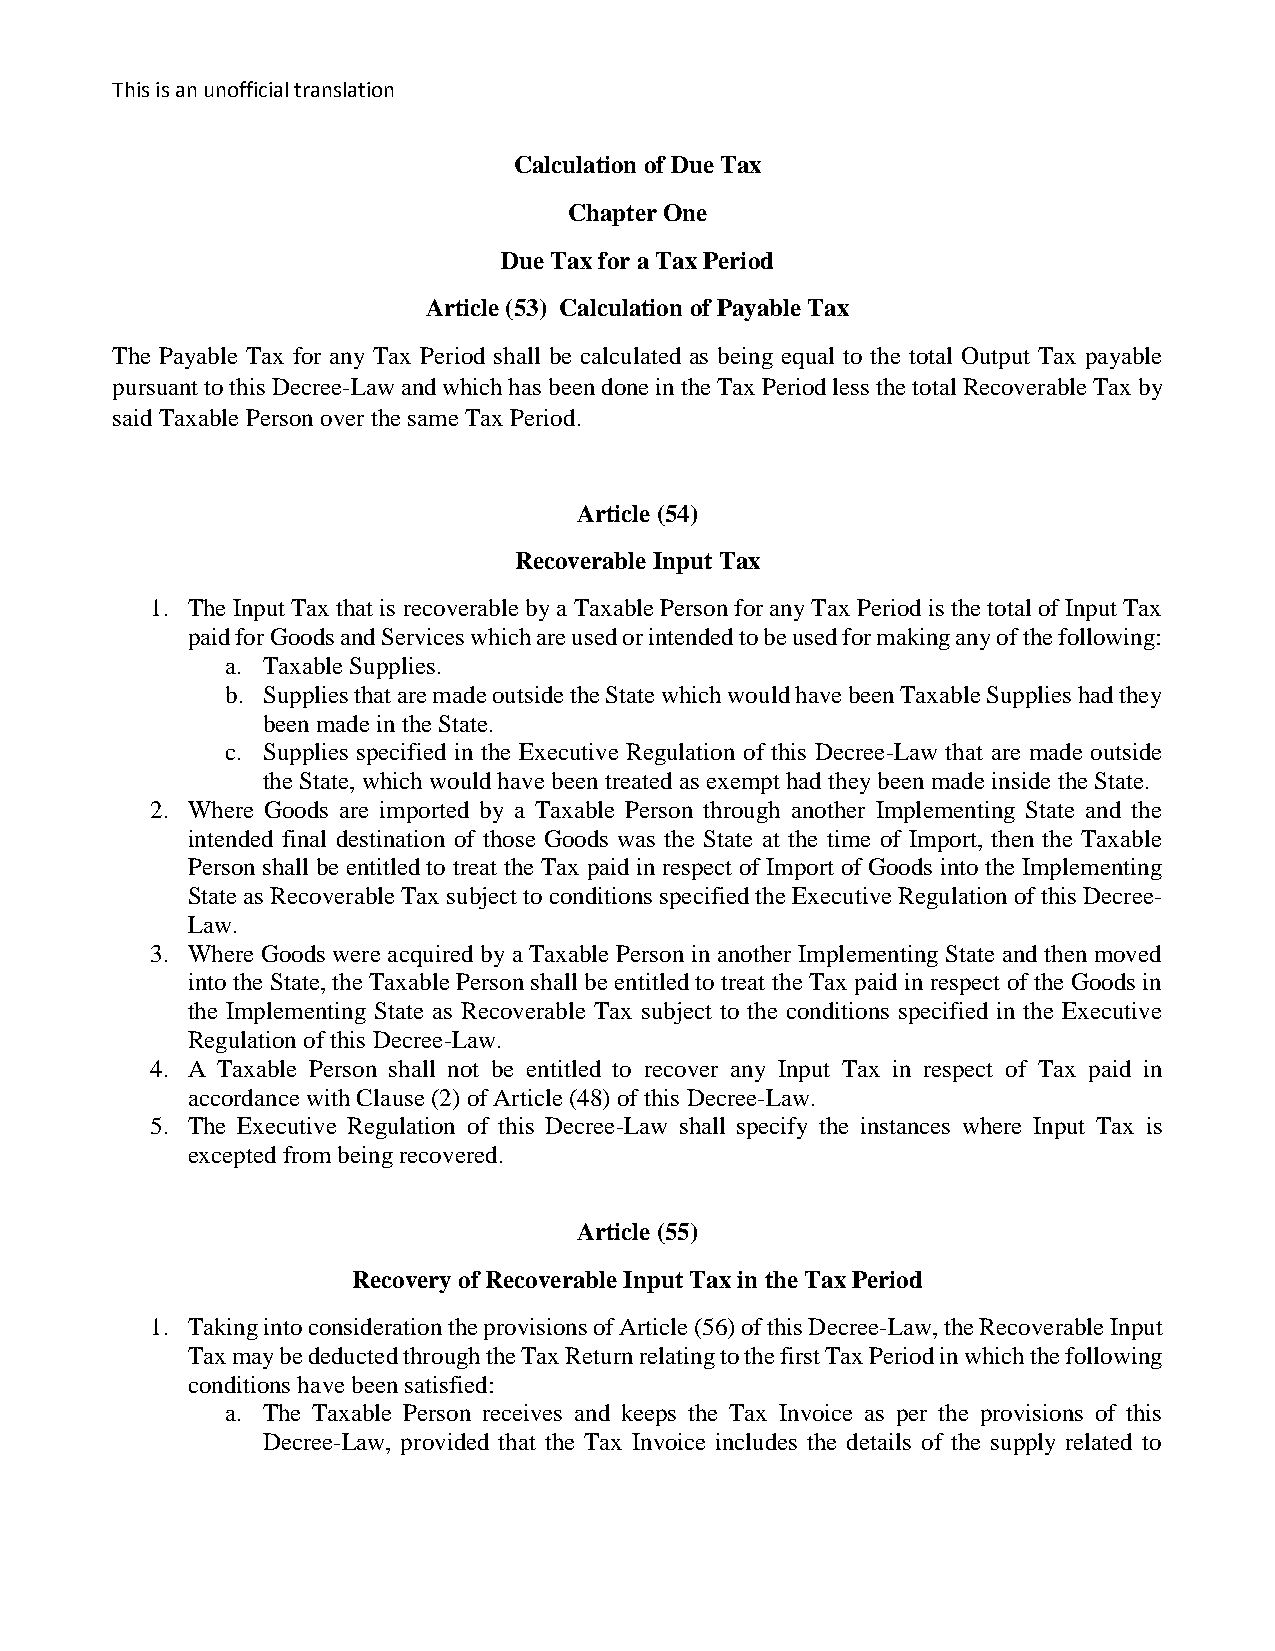
This is an unofficial translation
 Calculation of Due Tax
 Chapter One
 Due Tax for a Tax Period
 Article (53) Calculation of Payable Tax
 The Payable Tax for any Tax Period shall be calculated as being equal to the total Output Tax payable
 pursuant to this Decree-Law and which has been done in the Tax Period less the total Recoverable Tax by
 said Taxable Person over the same Tax Period.
 Article (54)
 Recoverable Input Tax
 1. The Input Tax that is recoverable by a Taxable Person for any Tax Period is the total of Input Tax
 paid for Goods and Services which are used or intended to be used for making any of the following:
 a. Taxable Supplies.
 b. Supplies that are made outside the State which would have been Taxable Supplies had they
 been made in the State.
 c. Supplies specified in the Executive Regulation of this Decree-Law that are made outside
 the State, which would have been treated as exempt had they been made inside the State.
 2. Where Goods are imported by a Taxable Person through another Implementing State and the
 intended final destination of those Goods was the State at the time of Import, then the Taxable
 Person shall be entitled to treat the Tax paid in respect of Import of Goods into the Implementing
 State as Recoverable Tax subject to conditions specified the Executive Regulation of this Decree-
 Law.
 3. Where Goods were acquired by a Taxable Person in another Implementing State and then moved
 into the State, the Taxable Person shall be entitled to treat the Tax paid in respect of the Goods in
 the Implementing State as Recoverable Tax subject to the conditions specified in the Executive
 Regulation of this Decree-Law.
 4. A Taxable Person shall not be entitled to recover any Input Tax in respect of Tax paid in
 accordance with Clause (2) of Article (48) of this Decree-Law.
 5. The Executive Regulation of this Decree-Law shall specify the instances where Input Tax is
 excepted from being recovered.
 Article (55)
 Recovery of Recoverable Input Tax in the Tax Period
 1. Taking into consideration the provisions of Article (56) of this Decree-Law, the Recoverable Input
 Tax may be deducted through the Tax Return relating to the first Tax Period in which the following
 conditions have been satisfied:
 a. The Taxable Person receives and keeps the Tax Invoice as per the provisions of this
 Decree-Law, provided that the Tax Invoice includes the details of the supply related to